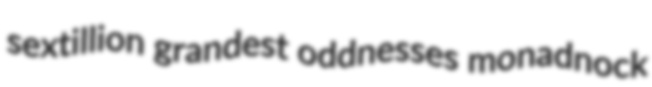
sextillion grandest oddnesses monadnock